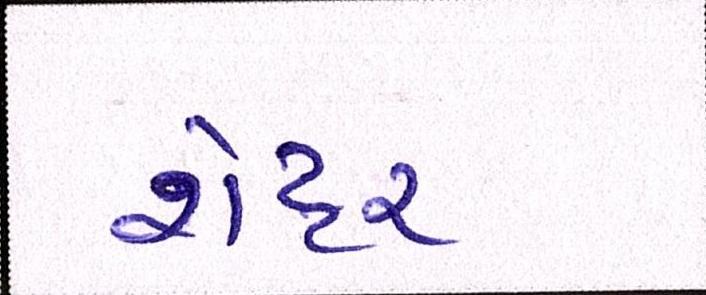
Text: શેટ્ટર